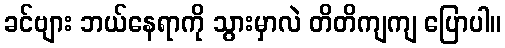
ခင်ဗျား ဘယ်နေရာကို သွားမှာလဲ တိတိကျကျ ပြောပါ။